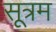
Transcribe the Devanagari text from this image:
सूत्रम